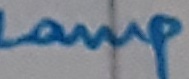
Text: Lamp